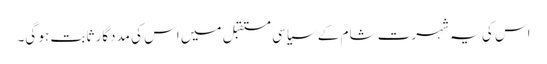
اس کی یہ شہرت شام کے سیاسی مستقبل میں اس کی مددگار ثابت ہو گی۔